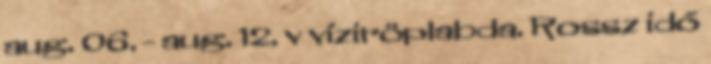
aug. 06. - aug. 12. v víziröplabda. Rossz idő